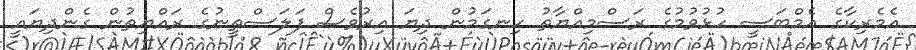
އެމެރިކާގެ އެމްބަސީ ހުޅުވުމުގެ ރަސްމިއްޔާތު ހިނގަމުން ދިޔަ އިރުވެސް ފަލަސްތީނުގެ ރައްޔިތުން ގެންދިޔައީ